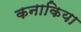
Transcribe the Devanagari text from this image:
कनाकिया